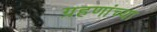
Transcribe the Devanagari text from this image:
ग्रहणांच्या